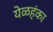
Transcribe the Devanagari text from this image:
येळहंका